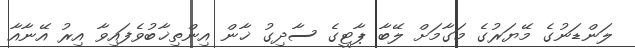
ލަންޑަނުގެ މޭޔަރުގެ މަގާމަށް ލޭބާ ޕާޓީގެ ސާދިގު ޚާން އިންތިޚާބުވެފައިވާ އިރު އޭނާއާ